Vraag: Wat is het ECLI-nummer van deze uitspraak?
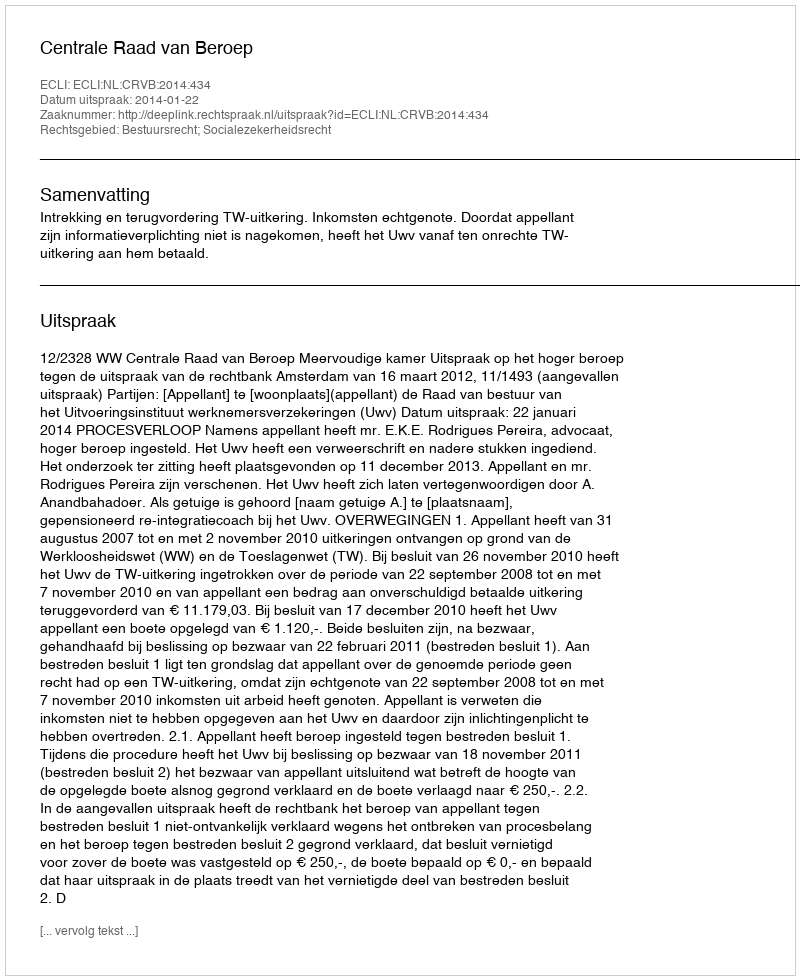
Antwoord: ECLI:NL:CRVB:2014:434